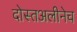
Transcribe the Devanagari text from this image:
दोस्तअलीनेच